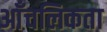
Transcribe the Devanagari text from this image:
आँचलिकता